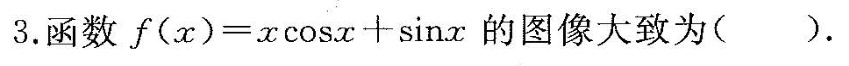
3.函数$$f(x)=x\cosx+\sinx$$的图像大致为().